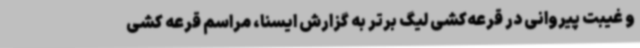
و غیبت پیروانی در قرعه‌کشی لیگ برتر به گزارش ایسنا، مراسم قرعه کشی